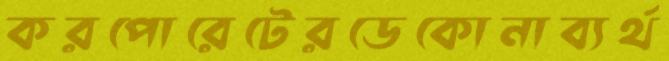
করপোরেটেরডেকোনাব্যর্থ